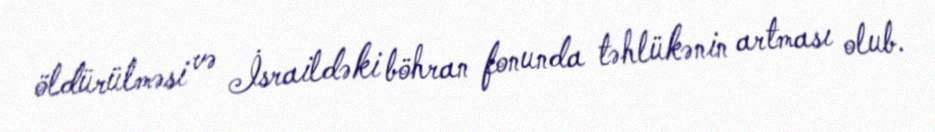
öldürülməsi və İsraildəki böhran fonunda təhlükənin artması olub.